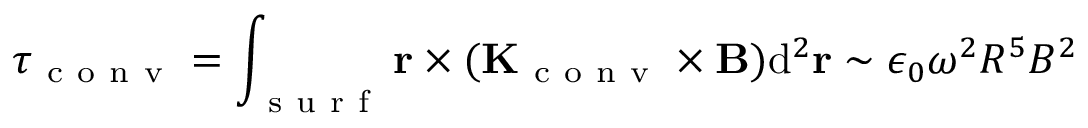
\boldsymbol { \tau } _ { \mathrm { ~ c ~ o ~ n ~ v ~ } } = \int _ { \mathrm { ~ s ~ u ~ r ~ f ~ } } \mathbf { r } \times ( \mathbf { K } _ { \mathrm { ~ c ~ o ~ n ~ v ~ } } \times \mathbf { B } ) \mathrm { d } ^ { 2 } \mathbf { r } \sim \epsilon _ { 0 } \omega ^ { 2 } R ^ { 5 } B ^ { 2 }